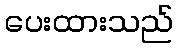
ပေးထားသည်